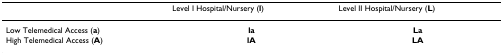
|  | Level I Hospital/Nursery (l) | Level II Hospital/Nursery (L) |
 | --- | --- | --- |
 | Low Telemedical Access (a) | la | La |
 | High Telemedical Access (A) | lA | LA |